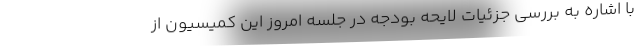
با اشاره به بررسی جزئیات لایحه بودجه در جلسه امروز این کمیسیون از